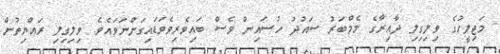
މަޖިލީހުގެ ވިލިގިލި ދާއިރާގެ މެމްބަރު ސައުދު ހުސައިން ވެސް ބައިވެރިވެވަޑައިގަންނަވައެވެ. ވިލިގިލި ރައްޔިތުން